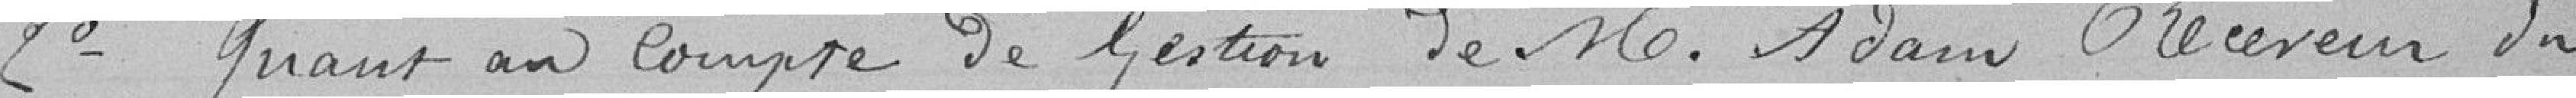
2°   Quant au compte de Gestion de M. Adam Receveur du